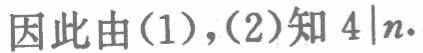
因此由(1),(2)知 \(4\mid n\).